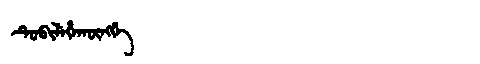
Manchu: ᡨᡠᠪᡳᠯᡝᡥᠠᡴᡡᠩᡤᡝ
Romanization: TUBILEHAKŪNGGE